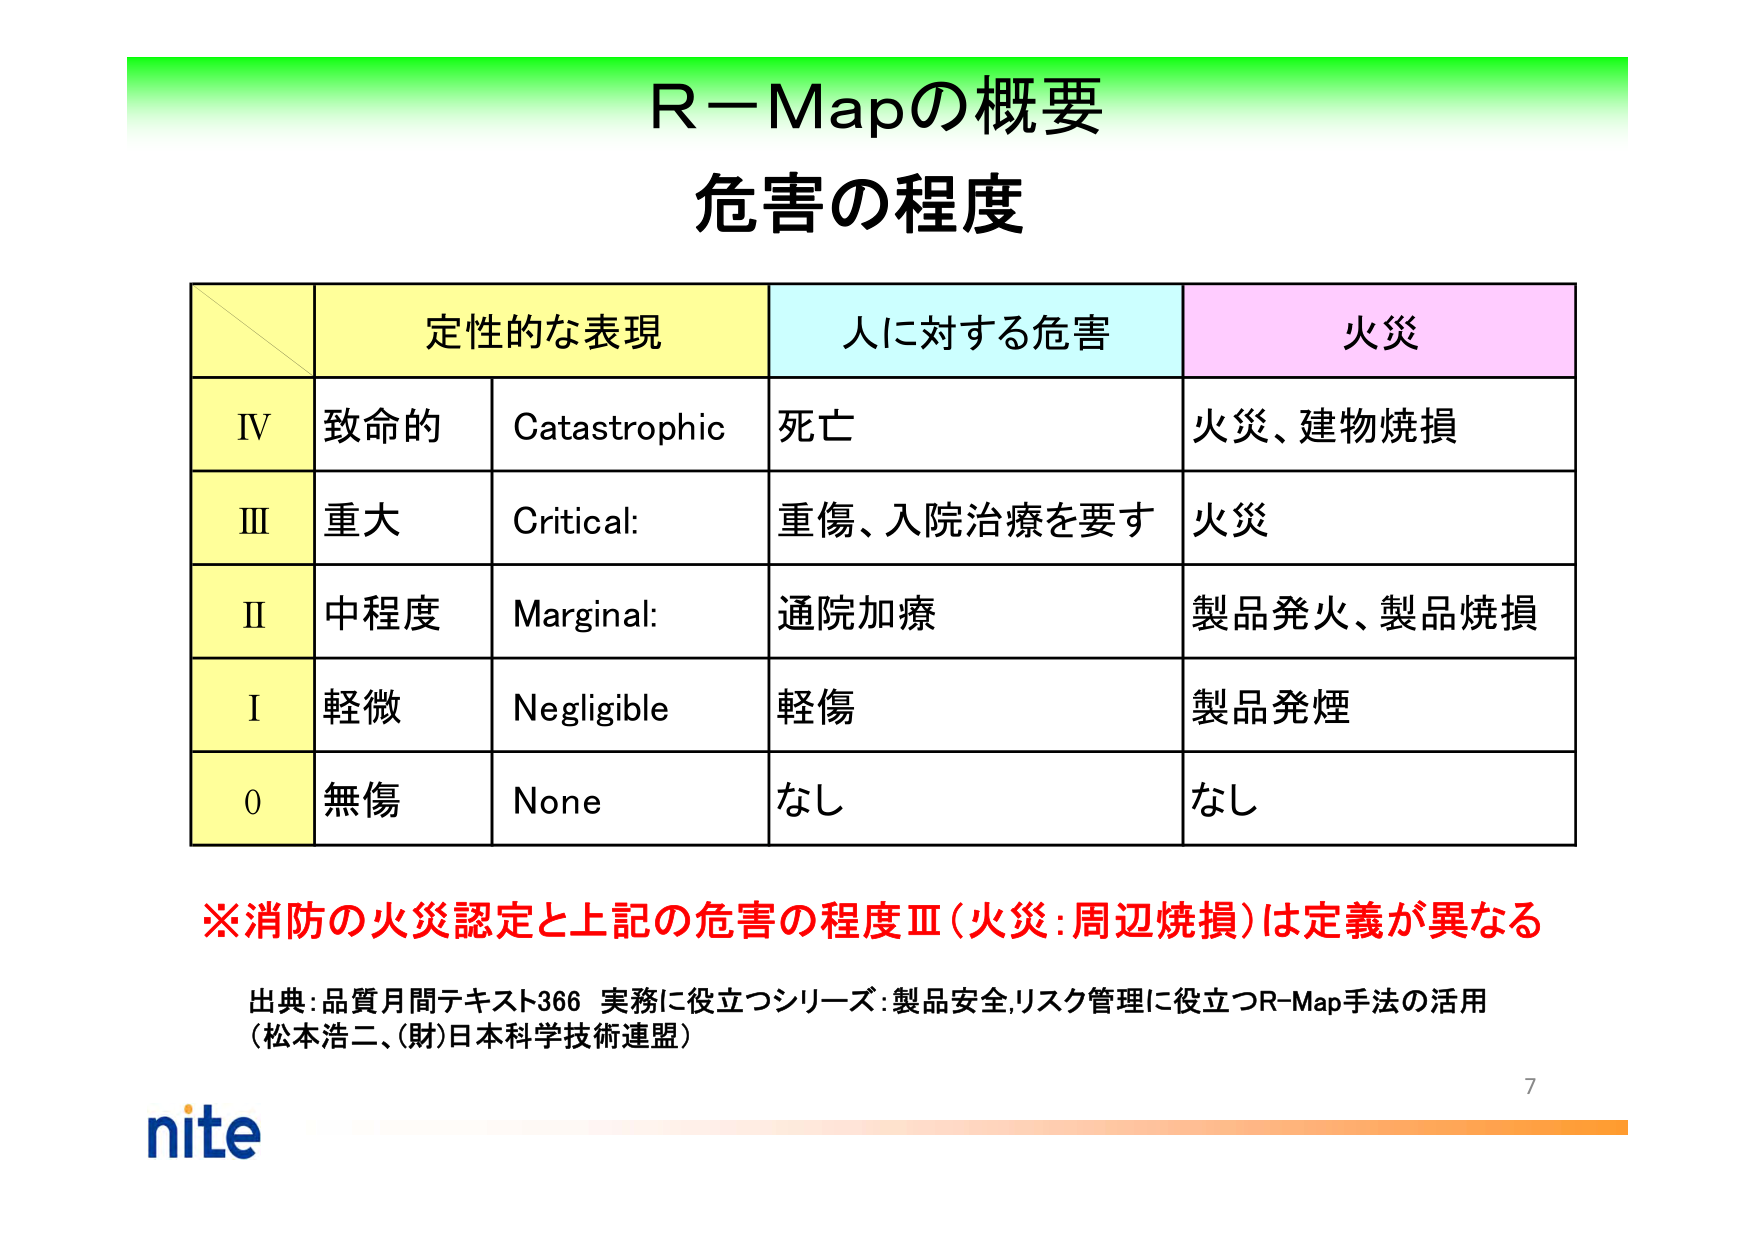
R－Mapの概要
危害の程度

定性的な表現　人に対する危害　火災
IV　致命的　Catastrophic　死亡　火災、建物焼損
III　重大　Critical:　重傷、入院治療を要す　火災
II　中程度　Marginal:　通院加療　製品発火、製品焼損
I　軽微　Negligible　軽傷　製品発煙
0　無傷　None　なし　なし

※消防の火災認定と上記の危害の程度Ⅲ（火災：周辺焼損）は定義が異なる

出典：品質月間テキスト366 実務に役立つシリーズ：製品安全,リスク管理に役立つR-Map手法の活用
（松本浩二、(財)日本科学技術連盟）

nite
7